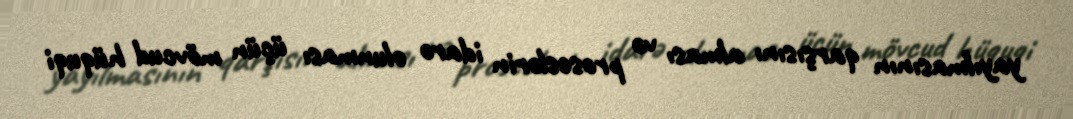
yayılmasının qarşısını alması və proseslərin idarə olunması üçün mövcud hüquqi